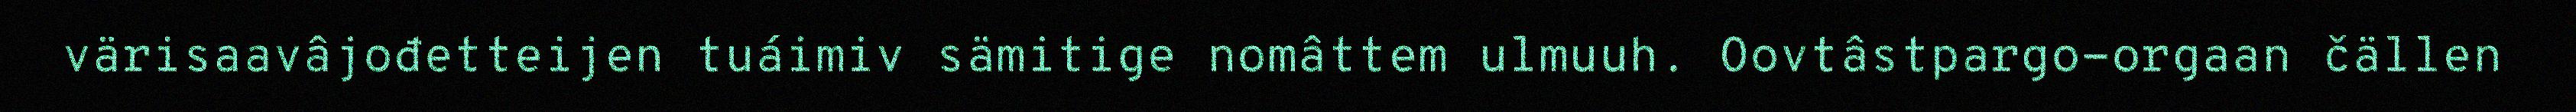
värisaavâjođetteijen tuáimiv sämitige nomâttem ulmuuh. Oovtâstpargo-orgaan čällen